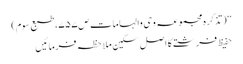
‘‘ (تذکرہ مجموعہ وحی والہامات ص۷۵۷، طبع سوم)
حفیظ فرشتے کا اصل سکین ملاحظہ فرمائیں